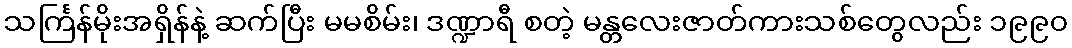
သင်္ကြန်မိုးအရှိန်နဲ့ ဆက်ပြီး မမစိမ်း၊ ဒဏ္ဍာရီ စတဲ့ မန္တလေးဇာတ်ကားသစ်တွေလည်း ၁၉၉၀